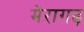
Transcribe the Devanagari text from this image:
मेरागढ़